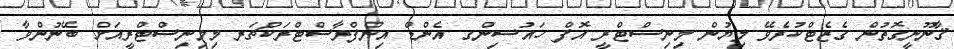
ޤާނޫނީގޮތުން ގެޒެޓްކުރެވޭ ލިޔުން މިނިސްޓްރީ އޮފް ހައުސިންގ އެންޑް އިންފްރާސްޓްރަކްޗަރ މިމިނިސްޓްރީއަށް ބޭނުންވާ